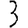
Digit: 3